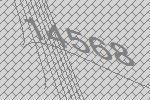
14568